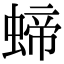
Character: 𧍝